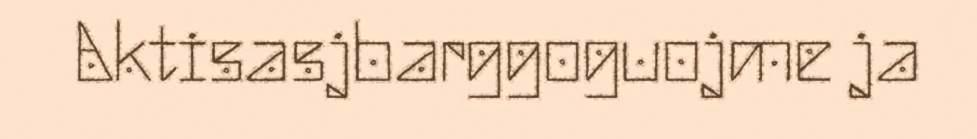
Aktisasjbarggoguojme ja